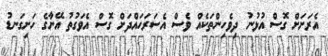
އެރަށަށް ގޮސް އުޅުނު ދިވެހިންތަކެއް ވެސް އެސަރަހައްދަށް ގޮސް އެވަގުތު އޭނާގެ ހަށިގަނޑު